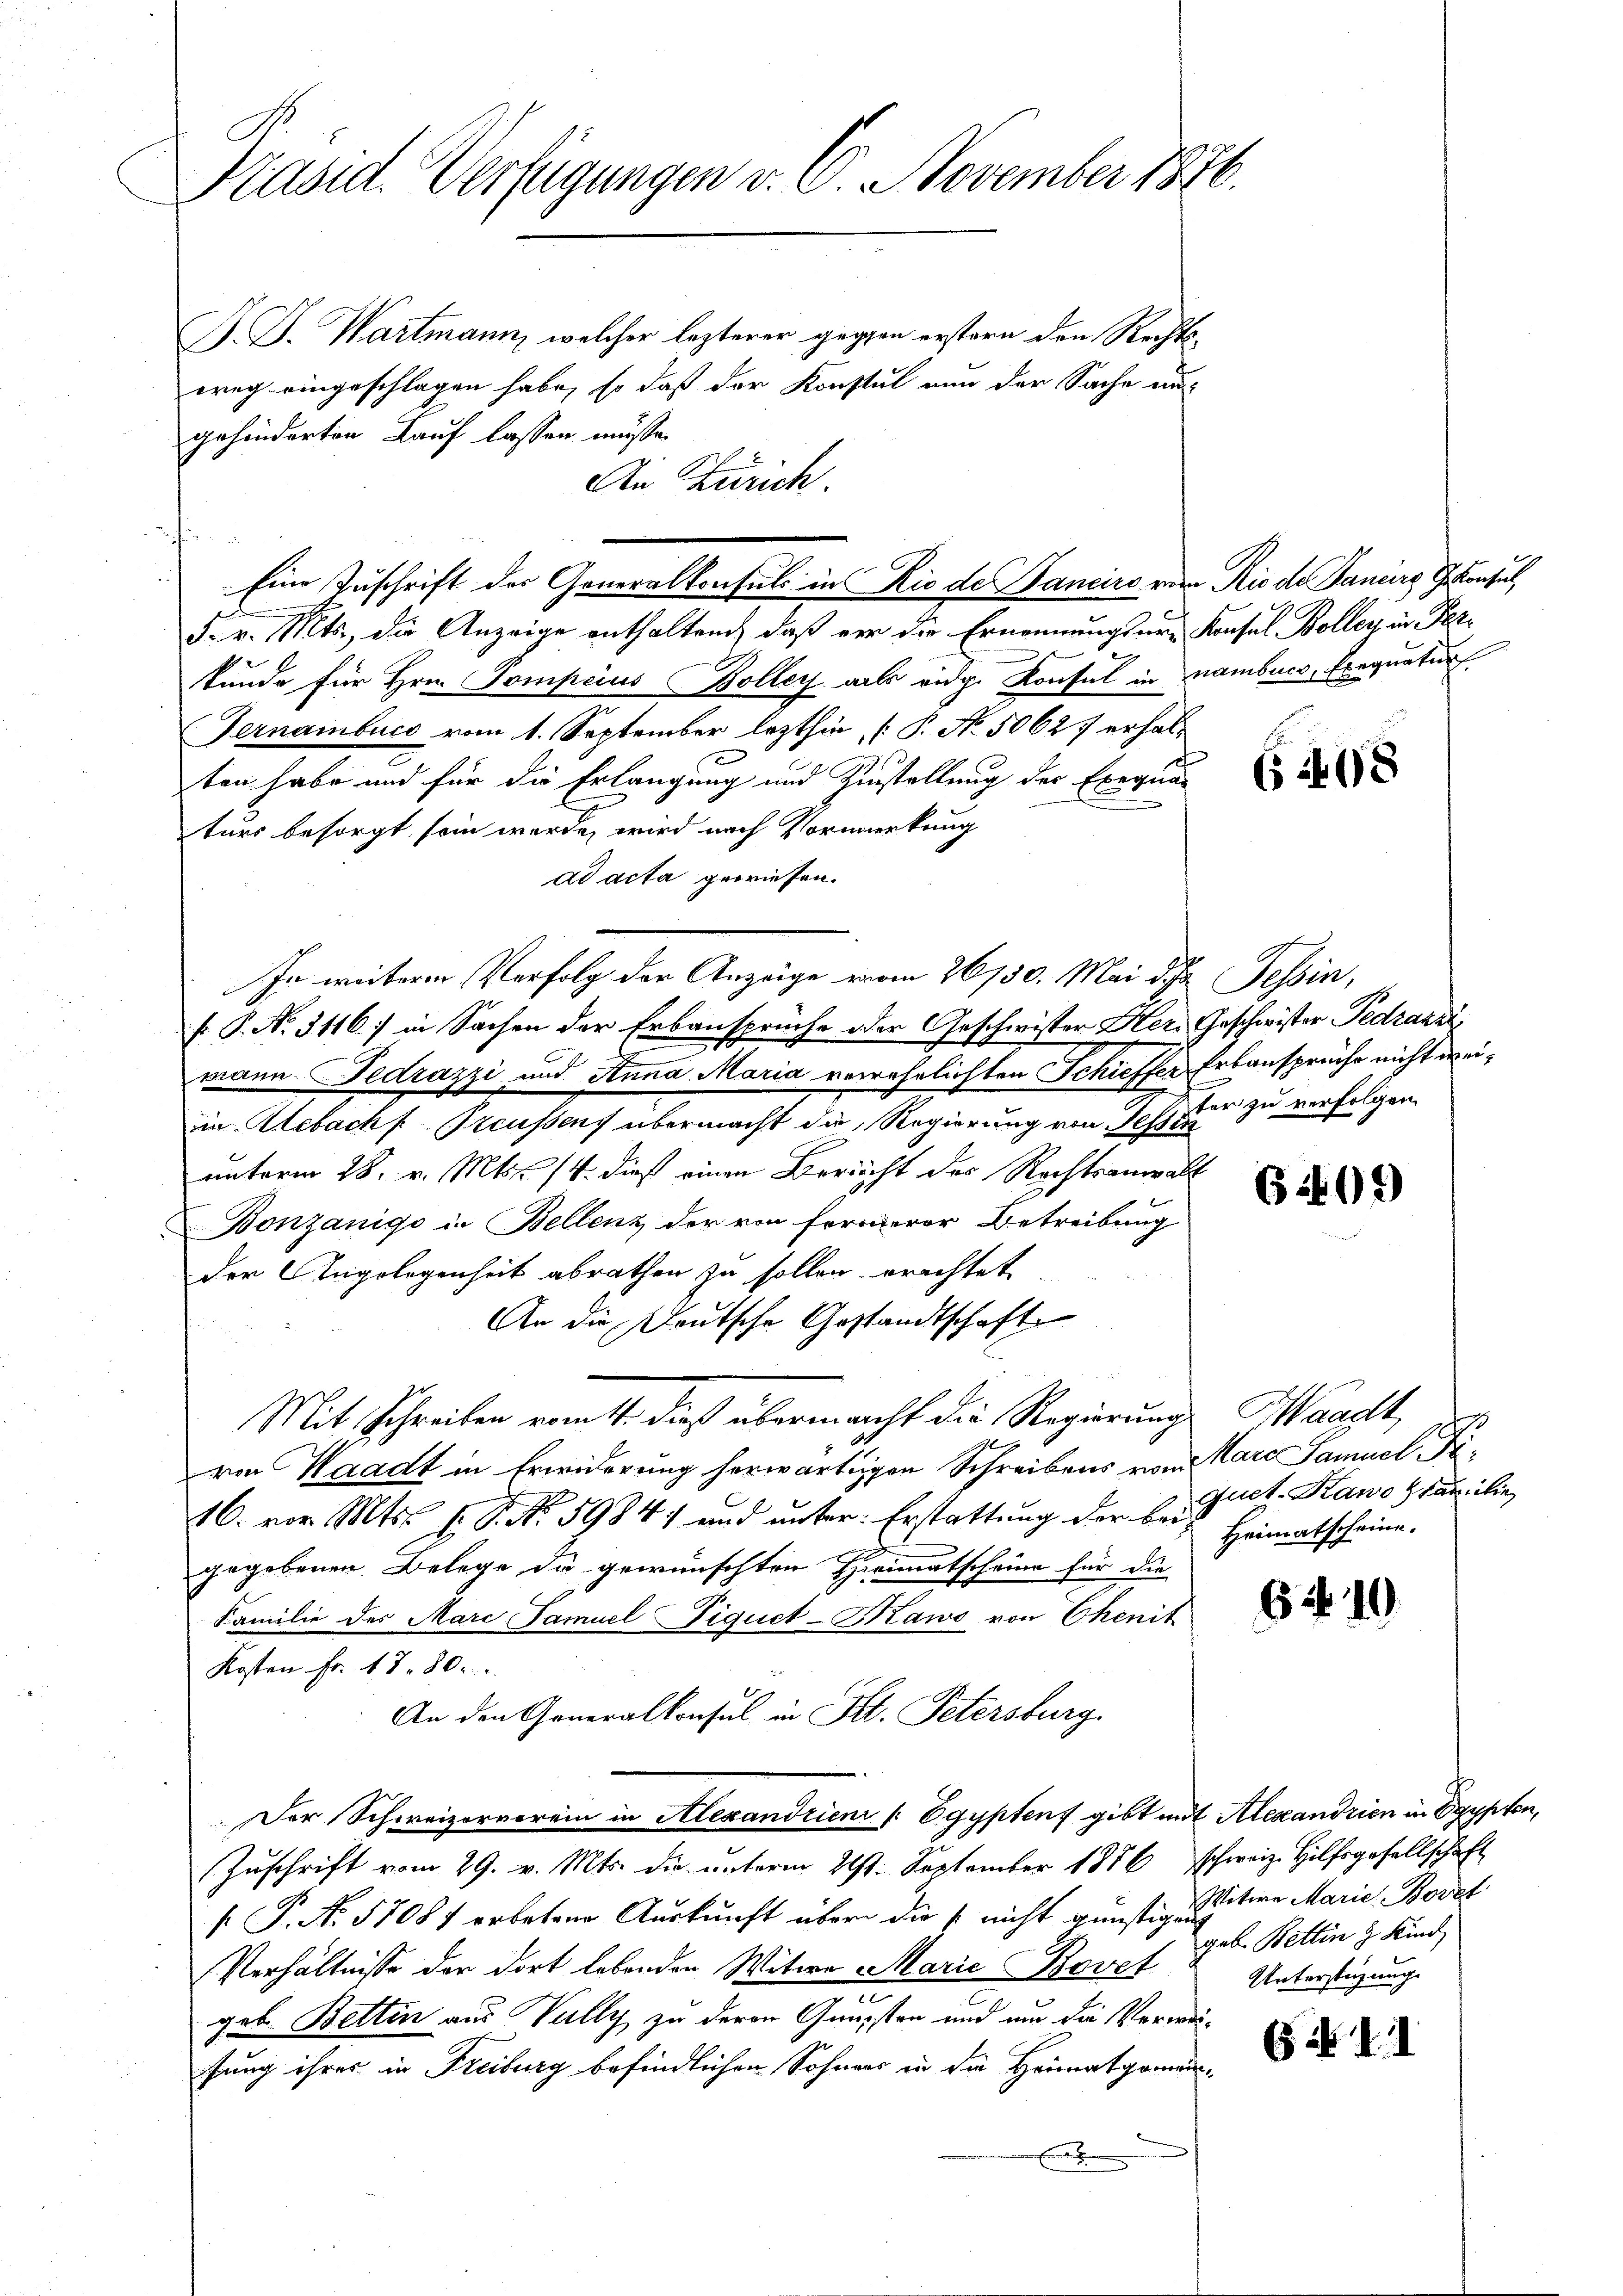
Präsid. Verfügungen v. 6. November 1876.

J. J. Wartmann, welcher lezterer gegen erstern den Rechtswreg eingeschlagen habe, so daß der Konstul nun der Sache aus
gehinderten Lauf lassen müsse.
An Zürich.
F. v. Mts., die Anzeige enthaltend, daß vor die Ernennungser-Konsul Boller, in Perkunde für Hrn. Pompcius Boller als eidg. Konsul in namburg, Exequatur
Gernambuch vom 1. September lezthin [P. No. 50627 erhalten habe und für die Erlangung und Zustellung der Exequa
turs besorgt sein werde, wird nach Vormerkung
ad acta gewiesen.
In weiteren Verfolg der Anzeige vom 26/30. Mai d. Tessin,
f. P. N. 3116) in Sachen der Erbansprüche oder Geschwister Herr Geschwister Pedrazai
mann Fedrazzi und Anna Maria verehrlichten Schieffer Erbansprüche nicht weiin Alebach Preussens übermacht die Regierung von Tessin
unterm 28. v. Mts. 14. dieß einen Bericht des Rechtsanwalt
Bonzanigo in Bellenz der von fernerer Betreibung
der Angelegenheit abrathen zu sollen, erachtet
An die Deutsche Gestandtschaft
Mit Schreiben vom tt, dieß übermacht die Regierung Waadt,
von Waadt in Erwiderung herwärtigen Schreibens vom Mare Samuel Fi¬
16. vor. Mts. f. P. No. 5984) und unter Erstattung der bei Heimatscheine
gegebenen Belege da gewünschten Heimatscheine für die
Familie des Mare Samuel Tiquet-Mawo von Chenit
Kosten Fr. 18. 80.
An den Generalkonsul in St. Petersburg.
Der Schweizerverein in Alexandrieni /: Egyptenf gibt mit Alexandrien in Egypten,
Zuschrift vom 29. v. Mts. die unterm 21st. September 1856 schweiz. Hilfsgesellschaft
 P. N. 5708/ erbetene Auskunft über die nicht günstige Seitere Marie Bovet
Verhältnisse der dort lebenden Witwe Marie Bovet
geb. Betten aus Vully zu deren Gunsten und um die Verweifung ihres in Freiburg befindlichen Sohners in die Heimatgemein¬
.

Eine Zuschrift der Generalkonsuls in Rio de Sanciro vom Rio de Paniere Gekonsul,

6 408

ter zu verfolgen.

(1401)

quet-Kawo an die

6419

geb. Bettin 3 Kind
Unterstigung

F. II